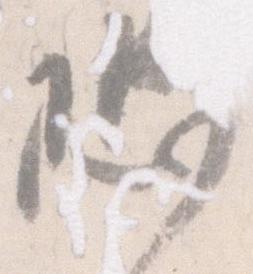
恐